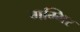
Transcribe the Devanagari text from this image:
गम्भिर